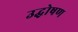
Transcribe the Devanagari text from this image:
उद्घोषण